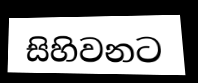
සිහිවනට